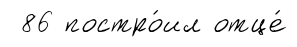
86 постро́ил отце́